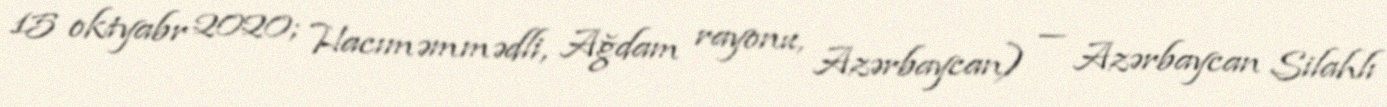
15 oktyabr 2020; Hacıməmmədli, Ağdam rayonu, Azərbaycan) — Azərbaycan Silahlı